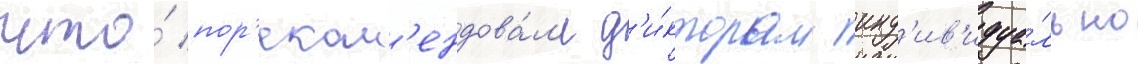
что́ пор'еком'ендова́л'и д'и́кторам инд'ив'идуа́льно